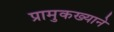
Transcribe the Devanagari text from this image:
प्रामुकख्याने